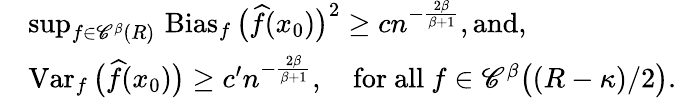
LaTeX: \begin{array}{rl}&{\operatorname*{sup}_{f\in{\mathscr C}^{\beta}(R)}\, \operatorname{Bias}_{f}\big(\widehat f(x_{0})\big)^{2}\geq cn^{-\frac{2\beta}{\beta+1}},\textrm{and,}}\\ &{\operatorname{Var}_{f}\big(\widehat f(x_{0})\big)\geq c^{\prime}n^{-\frac{2\beta}{\beta+1}},\quad\mathrm{for~all}\ f\in{\mathscr C}^{\beta}\big((R-\kappa)/2\big).}\end{array}